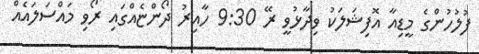
ފުލުހުންގެ މީޑިއާ އޮފިޝަލަކު ވިދާޅުވީ ރޭ 9:30 ހާއިރު ދޯންޏެއްގައި ރޯވި މައްސަލައެއް